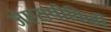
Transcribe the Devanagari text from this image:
जेएसपीविकी